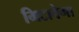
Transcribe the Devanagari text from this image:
मिटावेगा